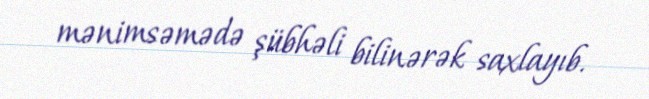
mənimsəmədə şübhəli bilinərək saxlayıb.